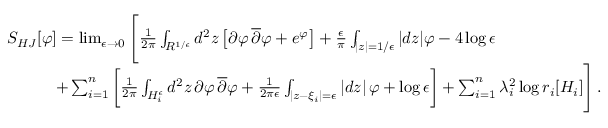
\begin{array} { r l } & { S _ { H J } [ \varphi ] = \operatorname* { l i m } _ { \epsilon \to 0 } \Bigg [ { \frac { 1 } { 2 \pi } } \int _ { R ^ { 1 / \epsilon } } d ^ { 2 } z \left[ \partial \varphi \, \overline { { \partial } } \varphi + e ^ { \varphi } \right] + { \frac { \epsilon } { \pi } } \int _ { | z | = 1 / \epsilon } | d z | \varphi - 4 \log \epsilon } \\ & { \quad \quad \quad + \sum _ { i = 1 } ^ { n } \bigg [ { \frac { 1 } { 2 \pi } } \int _ { H _ { i } ^ { \epsilon } } d ^ { 2 } z \, \partial \varphi \, \overline { { \partial } } \varphi + { \frac { 1 } { 2 \pi \epsilon } } \int _ { | z - \xi _ { i } | = \epsilon } | d z | \, \varphi + \log \epsilon \bigg ] + \sum _ { i = 1 } ^ { n } \lambda _ { i } ^ { 2 } \log r _ { i } [ H _ { i } ] \Bigg ] \, . } \end{array}